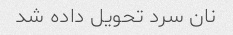
نان سرد تحویل داده شد